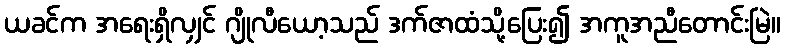
ယခင်က အရေးရှိလျှင် ဂျိုလီယော့သည် ဒက်ဇာထံသို့ပြေး၍ အကူအညီတောင်းမြဲ။